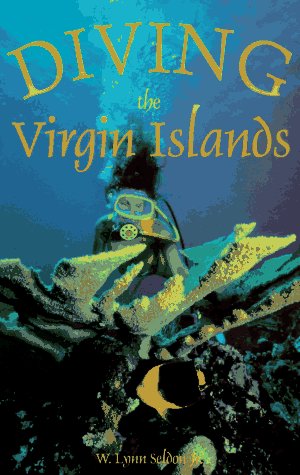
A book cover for Diving the Virgin Islands; Lynn Seldon; Travel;